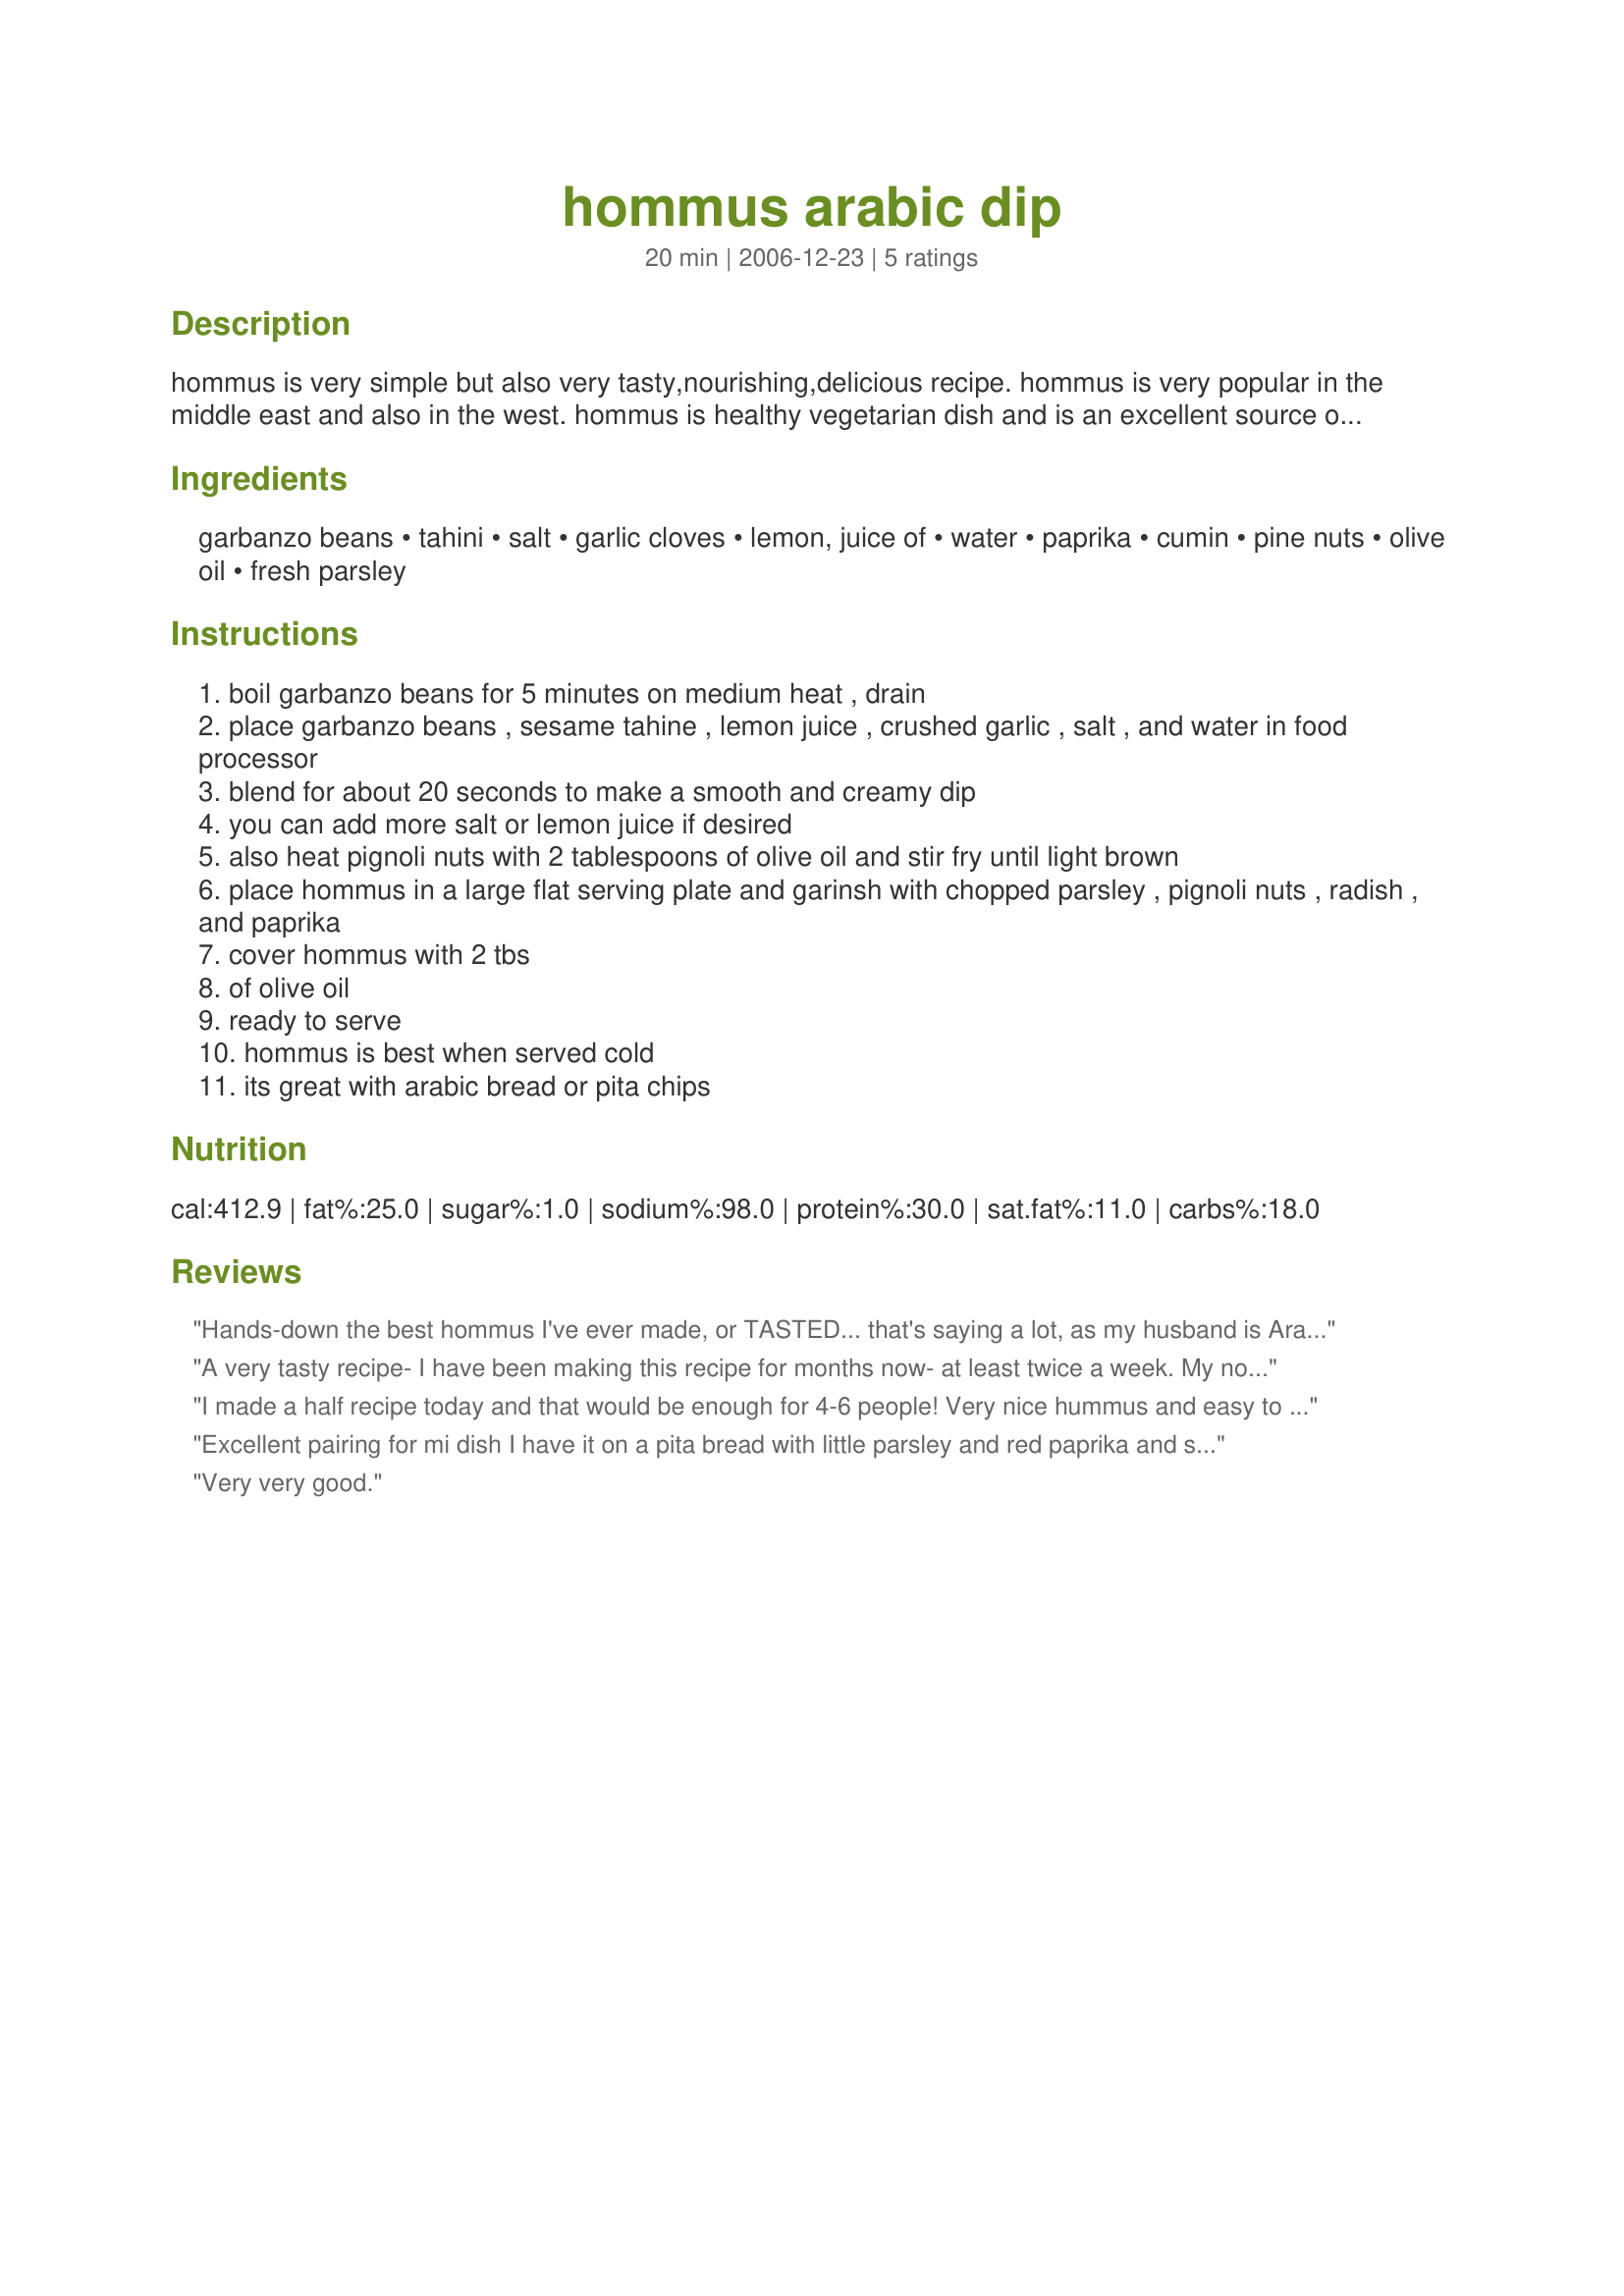
hommus arabic dip
Preparation time: 20 minutes

hommus is very simple but also very tasty,nourishing,delicious recipe. hommus is very popular in the middle east and also in the west. hommus is healthy vegetarian dish and is an excellent source of fiber.
hommus is great with arabic (pita) bread or pita chips.

Ingredients:
garbanzo beans, tahini, salt, garlic cloves, lemon, juice of, water, paprika, cumin, pine nuts, olive oil, fresh parsley

Steps:
boil garbanzo beans for 5 minutes on medium heat , drain
place garbanzo beans , sesame tahine , lemon juice , crushed garlic , salt , and water in food processor
blend for about 20 seconds to make a smooth and creamy dip
you can add more salt or lemon juice if desired
also heat pignoli nuts with 2 tablespoons of olive oil and stir fry until light brown
place hommus in a large flat serving plate and garinsh with chopped parsley , pignoli nuts , radish , and paprika
cover hommus with 2 tbs
of olive oil
ready to serve
hommus is best when served cold
its great with arabic bread or pita chips

Reviews:
Hands-down the best hommus I've ever made, or TASTED... that's saying a lot, as my husband is Arab and I have tried a lot of it. Thank you SOOOOOOOOOOOOO MUCH!!!!
A very tasty recipe- I have been making this recipe for months now- at least twice a week. My now 4 year old daughter helps me make it and she eats it with gusto. We also take it to school in our lunch with vegie sticks!!! thanks again for another great recipe ( sorry I didnt review it earlier).
I made a half recipe today and that would be enough for 4-6 people! Very nice hummus and easy to make.
Excellent pairing for mi dish I have it on a pita bread with little parsley and red paprika and some olive oil this was great for dish flavoring and texture we enjoyed a lot mi kids double dipped. i will do it again and its easy to make......
Very very good.
